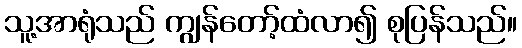
သူ့အာရုံသည် ကျွန်တော့်ထံလာ၍ စုပြန်သည်။